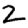
Digit: 2